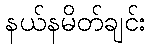
နယ်နမိတ်ချင်း